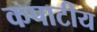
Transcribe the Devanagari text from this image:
कपाटीय